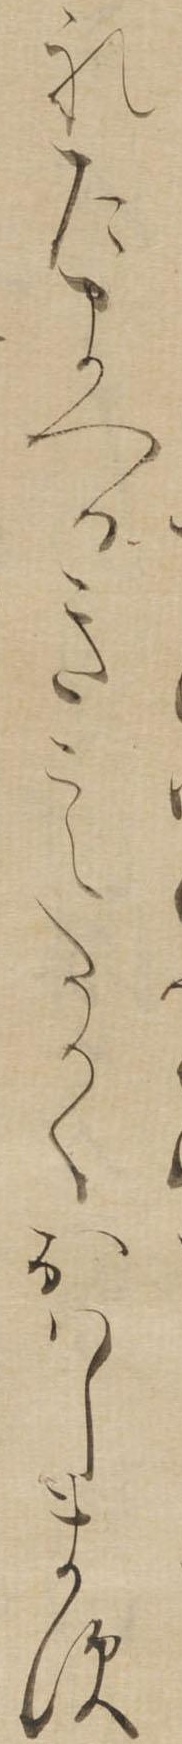
れたまへるきこえたかくおはします